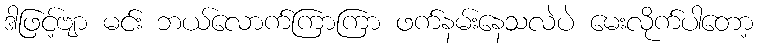
ဒါဖြင့်ဗျာ မင်း ဘယ်လောက်ကြာကြာ ဖက်နမ်းနေသလဲပဲ မေးလိုက်ပါတော့